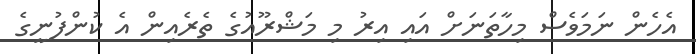
އެހެން ނަމަވެސް މިހާތަނަށް އައި އިރު މި މަޝްރޫއުގެ ތެރެއިން އެ ކުންފުނީގެ